Source: Handwritten
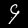
Digit: ၄ (4)